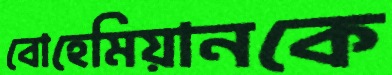
বোহেমিয়ানকে